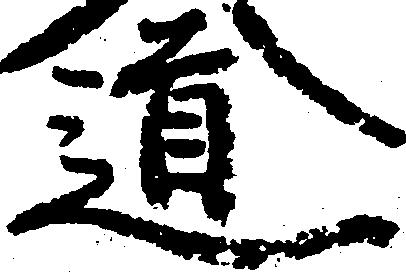
道